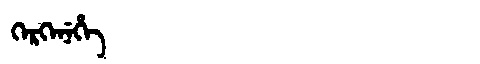
Manchu: ᡴᡝᡵᡴᡝᠨᡝᡥᡝ
Romanization: KERKENEHE